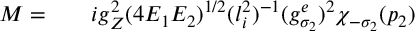
\begin{array} { r l r } { { \cal M } = } & { { } } & { i g _ { Z } ^ { 2 } ( 4 E _ { 1 } E _ { 2 } ) ^ { 1 / 2 } ( l _ { i } ^ { 2 } ) ^ { - 1 } ( g _ { \sigma _ { 2 } } ^ { e } ) ^ { 2 } \chi _ { - \sigma _ { 2 } } ( p _ { 2 } ) } \end{array}